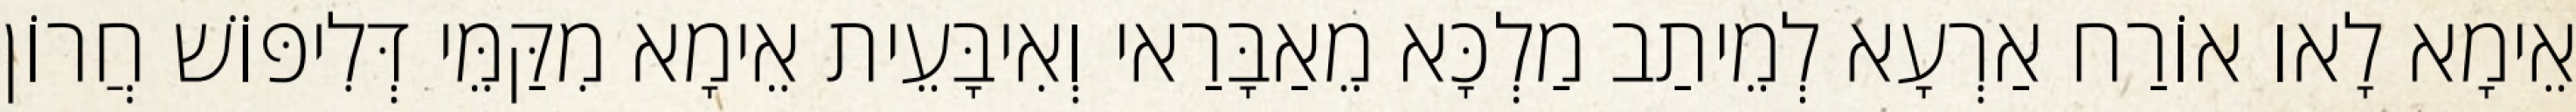
אֵימָא לָאו אוֹרַח אַרְעָא לְמֵיתַב מַלְכָּא מֵאַבָּרַאי וְאִיבָּעֵית אֵימָא מִקַּמֵּי דְּלִיפּוֹשׁ חֲרוֹן